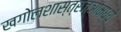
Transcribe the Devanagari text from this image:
खगोलशास्त्रज्ञांमध्ये